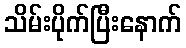
သိမ်းပိုက်ပြီးနောက်